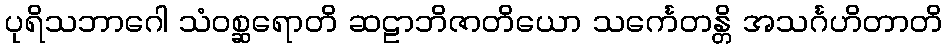
ပုရိသဘာဂေါ သံဝစ္ဆရောတိ ဆဠာဘိဇာတိယော သင်္ကေတန္တိ အသင်္ဂဟိတာတိ